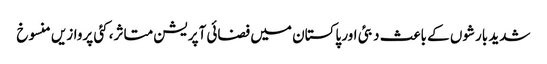
شدید بارشوں کے باعث دبئی اور پاکستان میں فضائی آپریشن متاثر، کئی پروازیں منسوخ